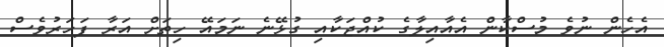
އެހެން ނުވެ މުސްކާން އެއާއިލާގެ ކުއްޖަކާއި ގުޅޭނެ ނަމައޭ ހިތަށް އަރާ ފަހަރުވެސް